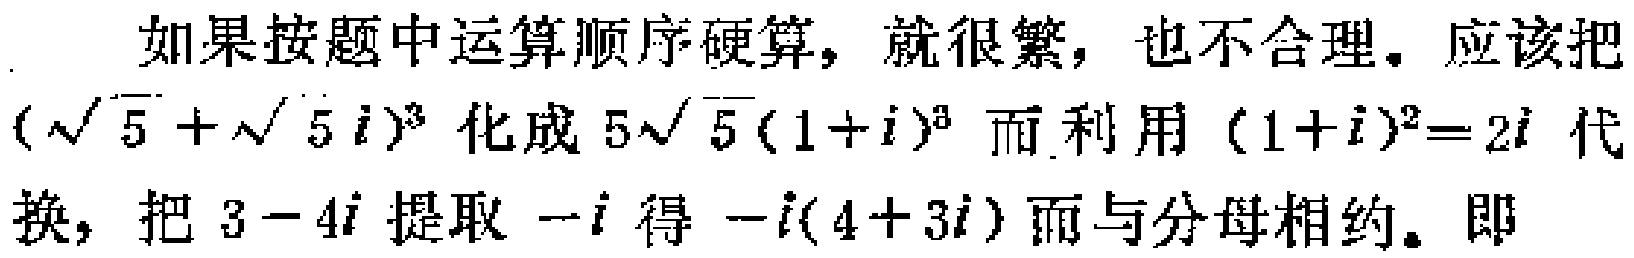
如果按题中运算顺序硬算，就很繁，也不合理。应该把\((\sqrt{5}+\sqrt{5}i)^{3}\)化成\(5\sqrt{5}(1 + i)^{3}\)而利用\((1 + i)^{2}=2i\)代换，把\(3 - 4i\)提取\(-i\)得\(-i(4 + 3i)\)而与分母相约。即